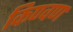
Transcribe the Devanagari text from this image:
किण्वण